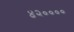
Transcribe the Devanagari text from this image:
४२००००